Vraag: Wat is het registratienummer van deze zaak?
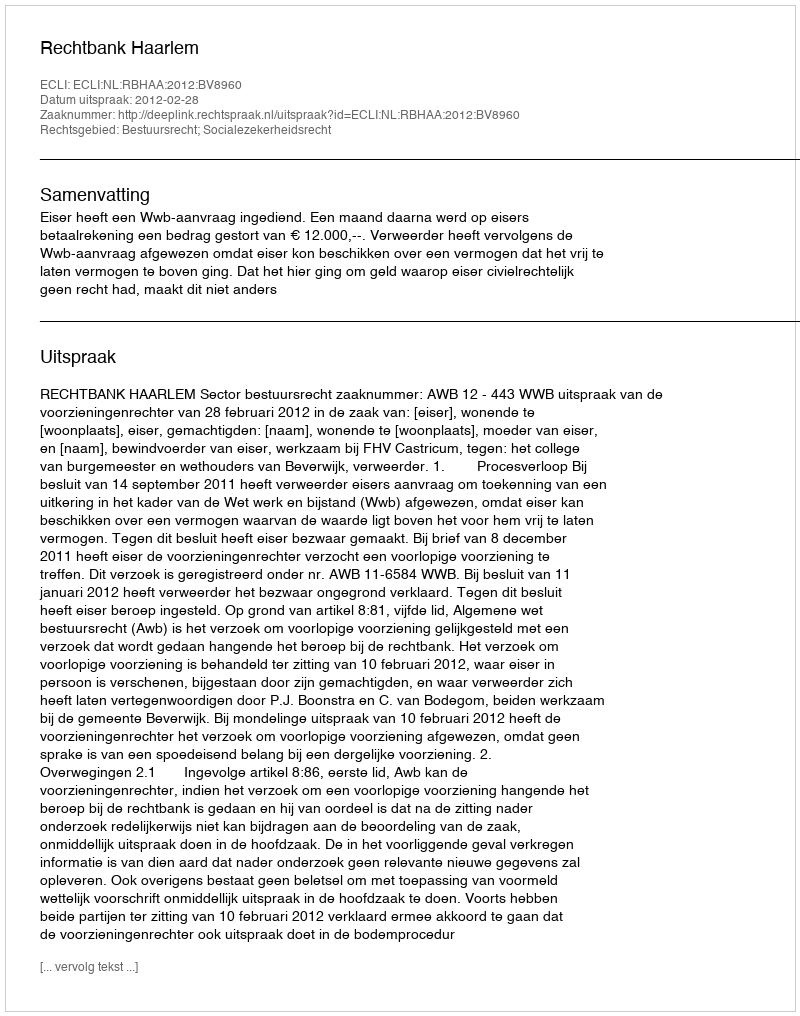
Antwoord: http://deeplink.rechtspraak.nl/uitspraak?id=ECLI:NL:RBHAA:2012:BV8960